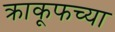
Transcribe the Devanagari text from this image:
क्राकूफच्या